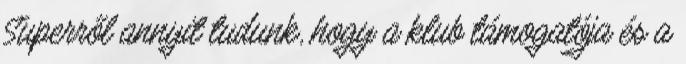
Superről annyit tudunk, hogy a klub támogatója és a